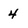
Character: 4